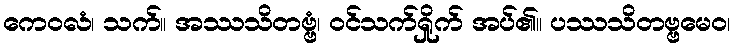
ကေဝလံ၊ သက်။ အဿသိတဗ္ဗံ၊ ဝင်သက်ရှိုက် အပ်၏။ ပဿသိတဗ္ဗမေဝ၊